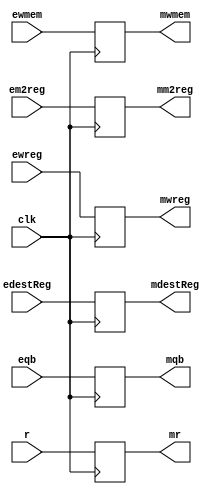
module EXEMEMPipelineRegister (
    input clk,
    input ewreg,
    input em2reg,
    input ewmem,
    input [4:0] edestReg,
    input [31:0] r,
    input [31:0] eqb,

    output reg mwreg,
    output reg mm2reg,
    output reg mwmem,
    output reg [4:0] mdestReg,
    output reg [31:0] mr,
    output reg [31:0] mqb
);
    
always @(posedge clk) begin
    mwreg = ewreg;
    mm2reg = em2reg;
    mwmem = ewmem;
    mdestReg = edestReg;
    mr = r;
    mqb = eqb;
end

endmodule